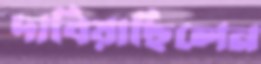
দাবিয়াছিলেন